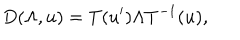
D ( \Lambda , u ) = T ( u ^ { \prime } ) \Lambda T ^ { - 1 } ( u ) ,